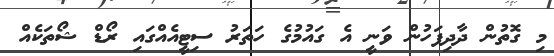
މި ގޮތުން ދާދިފަހުން ވަނީ އެ ގައުމުގެ ހަތަރު ސިޓީއެއްގައި ރޯޑް ޝޯތަކެއް